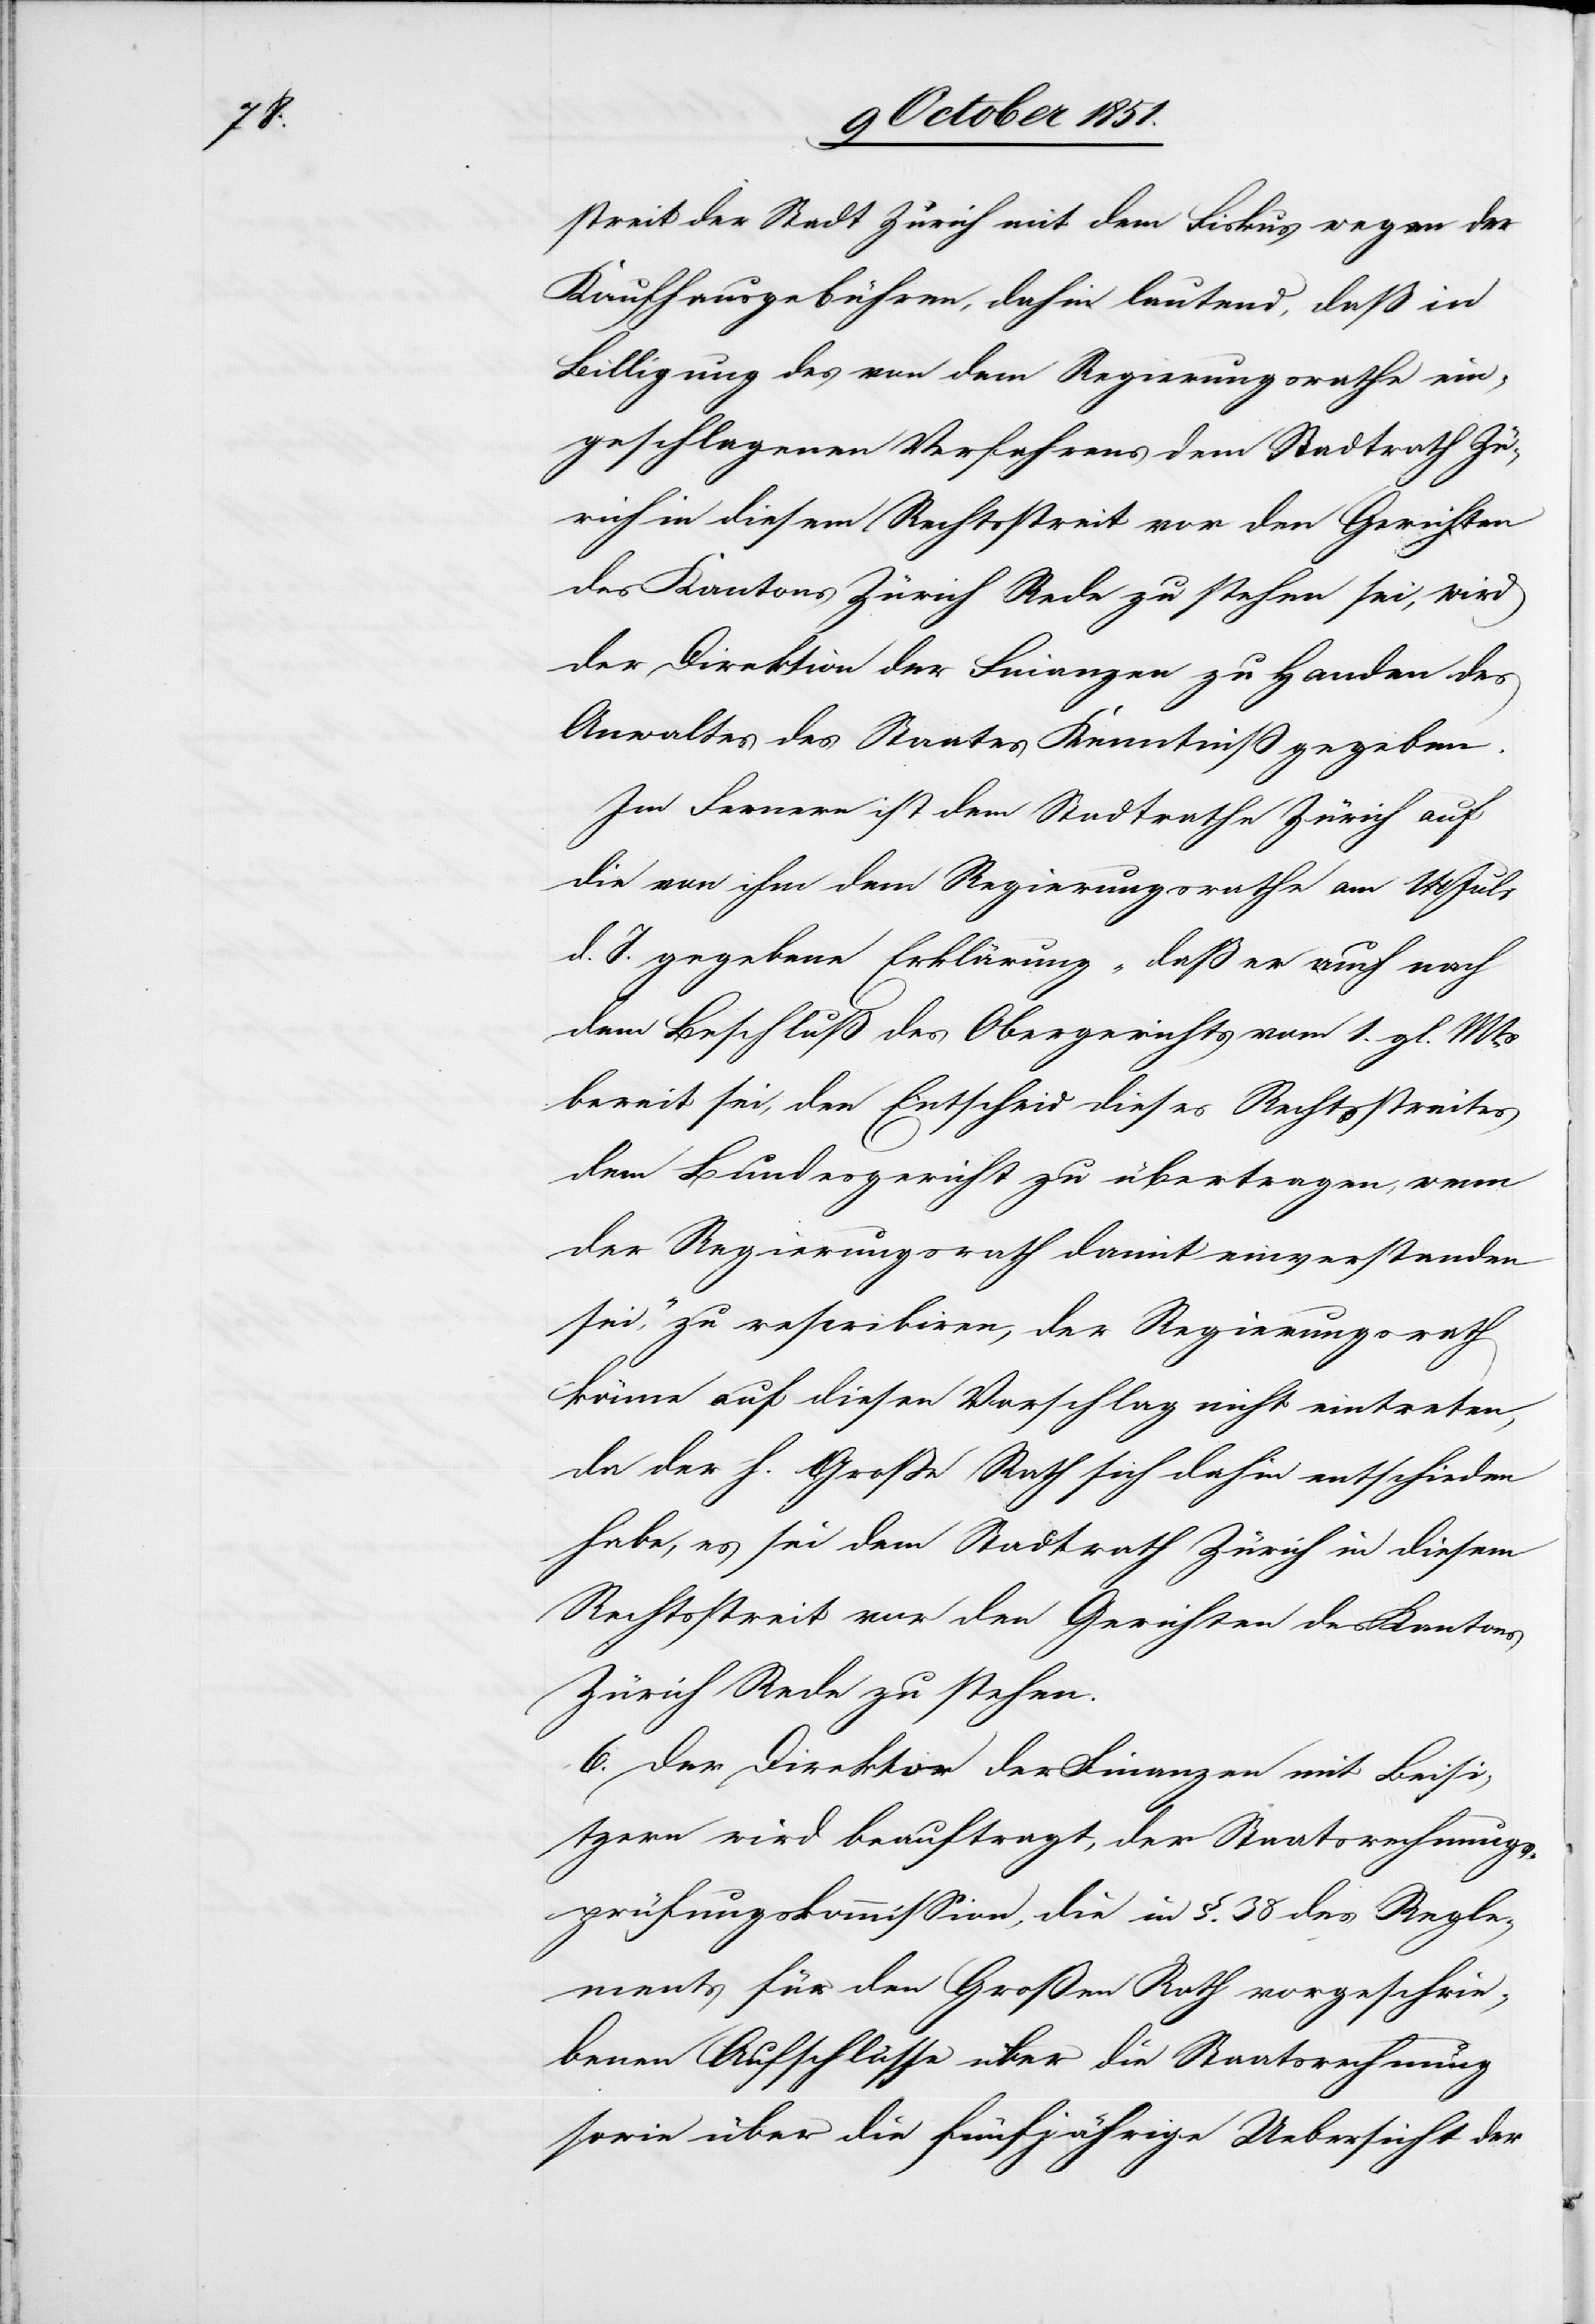
streit der Stadt Zürich mit dem Fiskus wegen der
Kaufhausgebühren, dahin lautend, daß in
Billigung des von dem Regierungsrathe ein¬
geschlagenen Verfahrens dem Stadtrath Zü¬
rich in diesem Rechtsstreit vor den Gerichten
des Kantons Zürich Rede zu stehen sei, wird
der Direktion der Finanzen zu Handen des
Anwaltes des Staates Kenntniß gegeben.
Im Fernern ist dem Stadtrathe Zürich auf
die von ihm dem Regierungsrathe am [?11] Juli
d. J. gegebene Erklärung „daß er auch nach
dem Beschluß des Obergerichts vom 1. gl. Mts.
bereit sei, den Entscheid dieses Rechtsstreites
dem Bundesgericht zu übertragen, wenn
der Regierungsrath damit einverstanden
sei,“ zu rescribiren, der Regierungsrath
könne auf diesen Vorschlag nicht eintreten,
da der h. Große Rath sich dahin entschieden
habe, es sei dem Stadtrath Zürich in diesem
Rechtsstreit vor den Gerichten des Kantons
Zürich Rede zu stehen.
6. Der Direktor der Finanzen mit Beisi¬
tzern wird beauftragt, der Staatsrechnungs¬
prüfungskommission, die in §. 38 des Regle¬
ments für den Großen Rath vorgeschrie¬
benen Aufschlüsse über die Staatsrechnung
sowie über die fünfjährige Uebersicht der